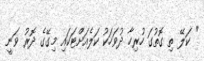
" ކަލޭ ތި ގޮތުގަ ހުރިހާ ދުވަހަކު ކަލެއަށްޓަކައި މިގޭގެ ދޮރު ވަނީ